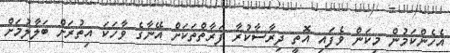
އެހެންކަމުން މިކަން ވެފައި އޮތީ ދިރާސާކުރާ ފަރާތްތަކަށް އޭނާގެ ވާހަކަ އިތުރަށް ބަލާލުމަށް